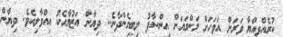
ކުރެއްވިއްޔާ ވަރަށް އަވަހަށް މަންމައަށް އިންސާފު ލިބިގެންދާނެ.. ދިޔާން އަޒުމާއެކު އިއްވާލިއެވެ. ދިޔާން